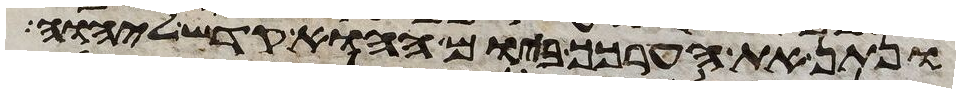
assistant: ונתן את הערכך ביום ההוא קדש ליהוה